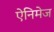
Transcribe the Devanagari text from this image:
ऐनिमेज